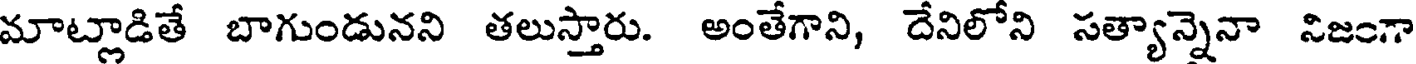
మాట్లాడితే బాగుండునని తలుస్తారు. అంతేగాని, దేనిలోని సత్యాన్నెనా నిజంగా